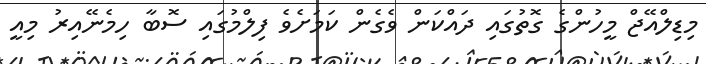
މިޑިލްއޭޖް މީހުންގެ ގޮތުގައި ދައްކަން ވެގެން ކަމަށެވެ ފިލްމުގައި ސޮބާ ހިމެނޭއިރު މިއީ